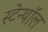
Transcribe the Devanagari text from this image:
स्टेन्थॉल